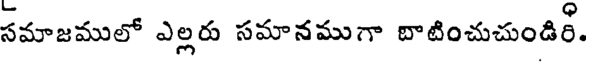
సమాజములో ఎల్లరు సమానముగా బాటించుచుండిర్.